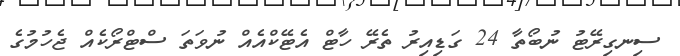
ސިނގިރޭޓު ނުބޯތާ 24 ގަޑިއިރު ތެރޭ ހާޓް އެޓޭކްއެއް ނުވަތަ ސްޓްރޯކެއް ޖެހުމުގެ